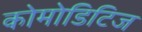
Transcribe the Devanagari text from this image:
कोमोडिटिज